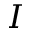
I